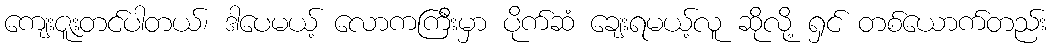
ကျေးဇူးတင်ပါတယ်၊ ဒါပေမယ့် လောကကြီးမှာ ပိုက်ဆံ ချေးရမယ့်လူ ဆိုလို့ ရှင် တစ်ယောက်တည်း